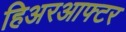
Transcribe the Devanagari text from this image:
हिअरआफ्टर